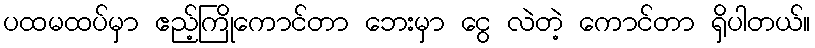
ပထမထပ်မှာ ဧည့်ကြိုကောင်တာ ဘေးမှာ ငွေ လဲတဲ့ ကောင်တာ ရှိပါတယ်။